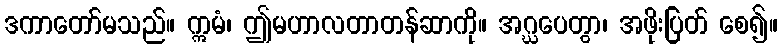
ဒကာတော်မသည်။ ဣမံ၊ ဤမဟာလတာတန်ဆာကို။ အဂ္ဃပေတွာ၊ အဖိုးပြတ် စေ၍။